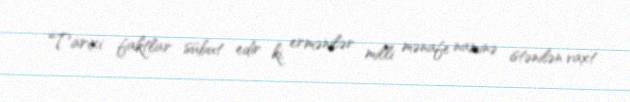
Tarixi faktlar sübut edir ki, ermənilər milli mənafe naminə istənilən vaxt